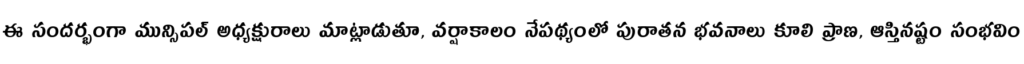
ఈ సందర్భంగా మున్సిపల్ అధ్యక్షురాలు మాట్లాడుతూ, వర్షాకాలం నేపథ్యంలో పురాతన భవనాలు కూలి ప్రాణ, ఆస్తినష్టం సంభవిం